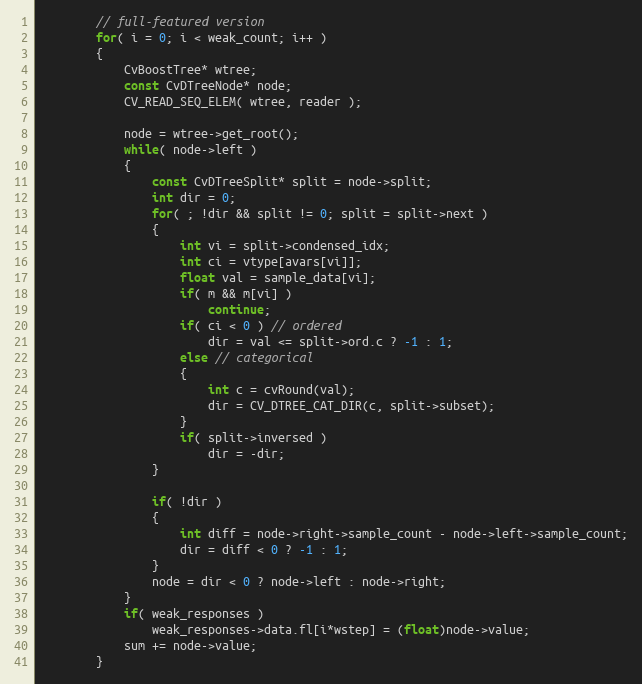
Language: C++
        // full-featured version
        for( i = 0; i < weak_count; i++ )
        {
            CvBoostTree* wtree;
            const CvDTreeNode* node;
            CV_READ_SEQ_ELEM( wtree, reader );

            node = wtree->get_root();
            while( node->left )
            {
                const CvDTreeSplit* split = node->split;
                int dir = 0;
                for( ; !dir && split != 0; split = split->next )
                {
                    int vi = split->condensed_idx;
                    int ci = vtype[avars[vi]];
                    float val = sample_data[vi];
                    if( m && m[vi] )
                        continue;
                    if( ci < 0 ) // ordered
                        dir = val <= split->ord.c ? -1 : 1;
                    else // categorical
                    {
                        int c = cvRound(val);
                        dir = CV_DTREE_CAT_DIR(c, split->subset);
                    }
                    if( split->inversed )
                        dir = -dir;
                }

                if( !dir )
                {
                    int diff = node->right->sample_count - node->left->sample_count;
                    dir = diff < 0 ? -1 : 1;
                }
                node = dir < 0 ? node->left : node->right;
            }
            if( weak_responses )
                weak_responses->data.fl[i*wstep] = (float)node->value;
            sum += node->value;
        }